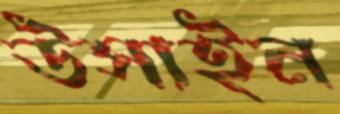
উসাইন